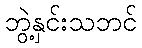
ဘွဲ့နှင်းသဘင်